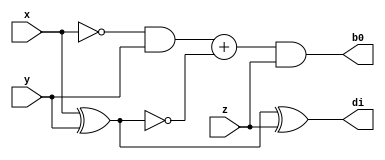
module full_subtractor(
   input x,y,z,
    output b0,di
    );
assign b0=(~x&y)+(~(x^y))&z;
assign di=(x^y)^z;

endmodule